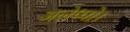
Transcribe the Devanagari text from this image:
अलेप्पो।